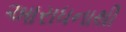
આરાધનાથી